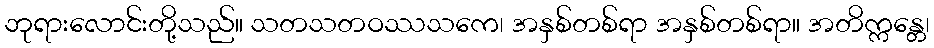
ဘုရားလောင်းတို့သည်။ သတသတဝဿသကေ၊ အနှစ်တစ်ရာ အနှစ်တစ်ရာ။ အတိက္ကန္တေ၊